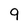
Character: 9